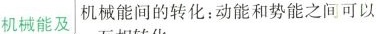
机械能及机械能间的转化：动能和势能之间可以